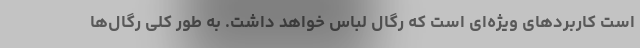
است کاربردهای ویژه‌ای است که رگال لباس خواهد داشت. به طور کلی رگال‌ها